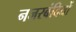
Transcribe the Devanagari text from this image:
नजरबंदियों